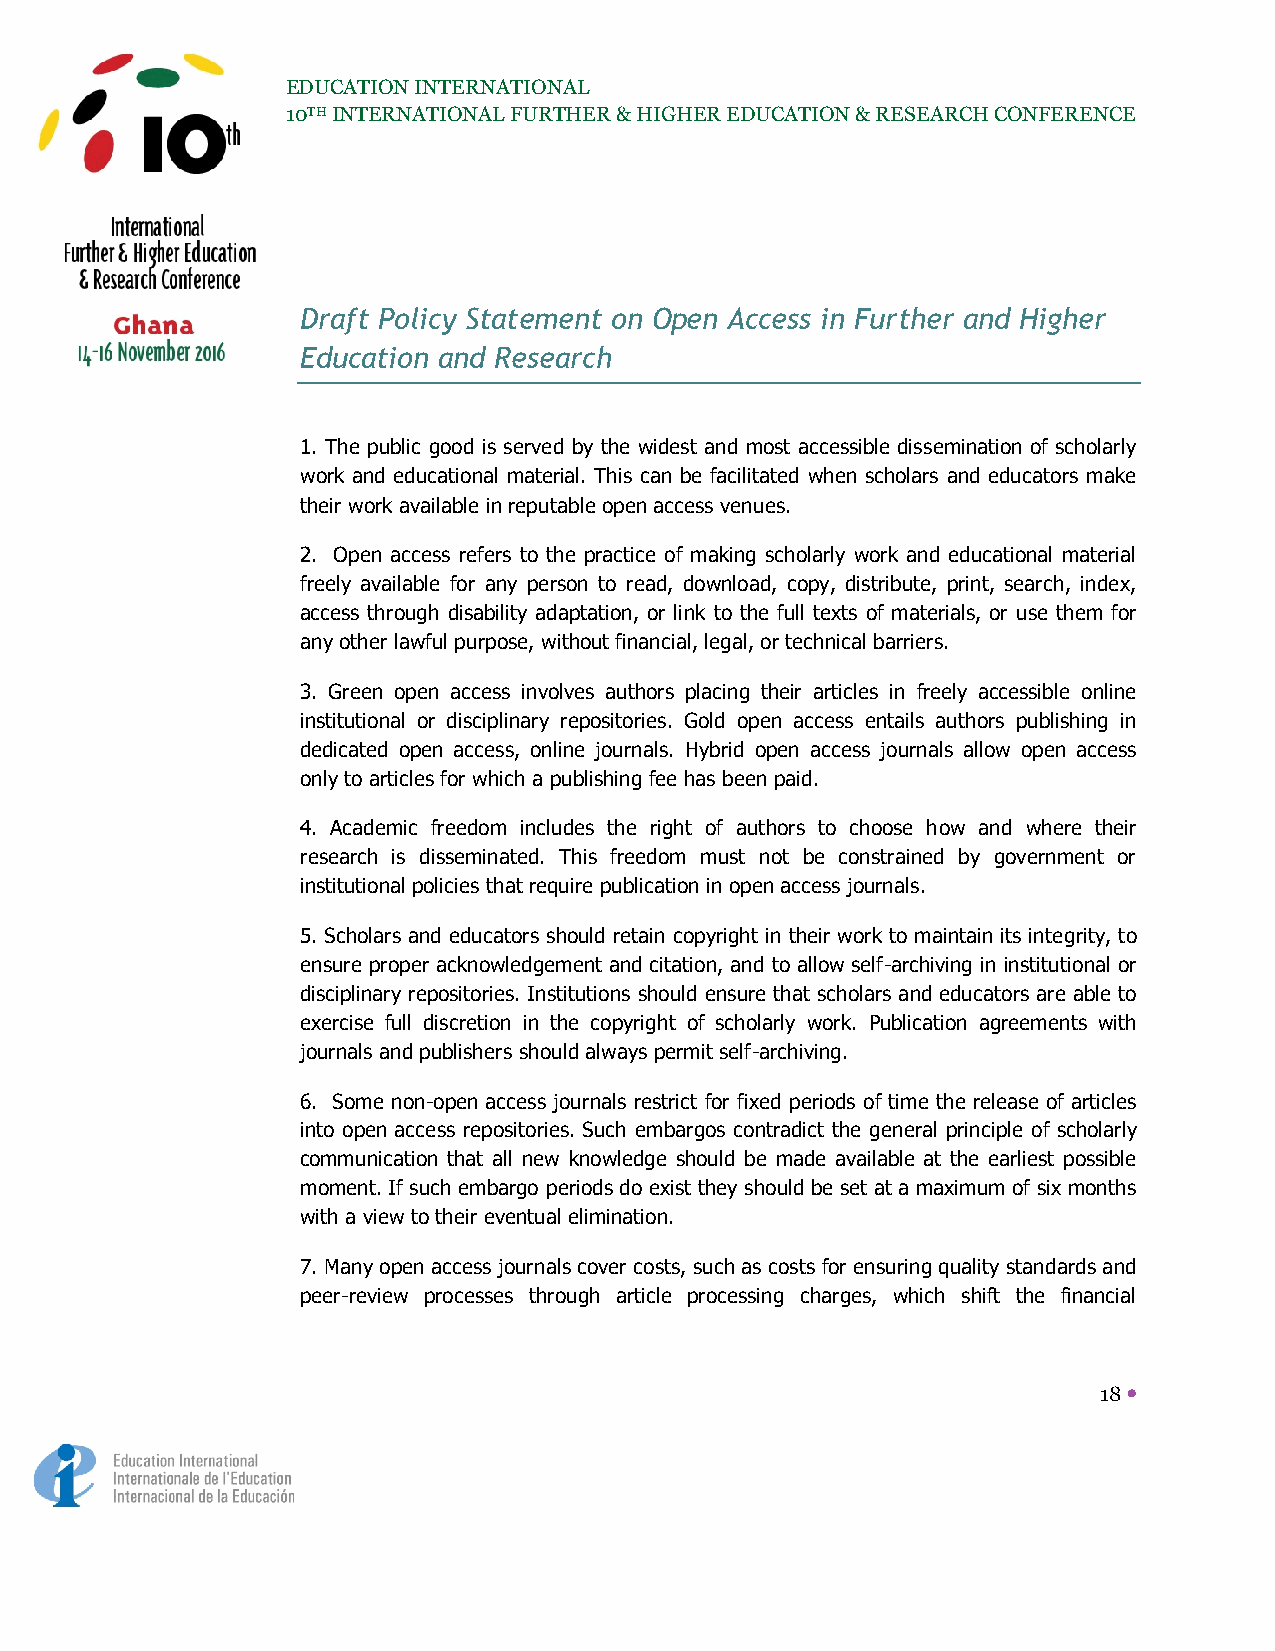
EDUCATION INTERNATIONAL
 10TH INTERNATIONAL FURTHER & HIGHER EDUCATION & RESEARCH CONFERENCE
 Draft Policy Statement on Open Access in Further and Higher
 Education and Research
 1. The public good is served by the widest and most accessible dissemination of scholarly
 work and educational material. This can be facilitated when scholars and educators make
 their work available in reputable open access venues.
 2. Open access refers to the practice of making scholarly work and educational material
 freely available for any person to read, download, copy, distribute, print, search, index,
 access through disability adaptation, or link to the full texts of materials, or use them for
 any other lawful purpose, without financial, legal, or technical barriers.
 3. Green open access involves authors placing their articles in freely accessible online
 institutional or disciplinary repositories. Gold open access entails authors publishing in
 dedicated open access, online journals. Hybrid open access journals allow open access
 only to articles for which a publishing fee has been paid.
 4. Academic freedom includes the right of authors to choose how and where their
 research is disseminated. This freedom must not be constrained by government or
 institutional policies that require publication in open access journals.
 5. Scholars and educators should retain copyright in their work to maintain its integrity, to
 ensure proper acknowledgement and citation, and to allow self-archiving in institutional or
 disciplinary repositories. Institutions should ensure that scholars and educators are able to
 exercise full discretion in the copyright of scholarly work. Publication agreements with
 journals and publishers should always permit self-archiving.
 6. Some non-open access journals restrict for fixed periods of time the release of articles
 into open access repositories. Such embargos contradict the general principle of scholarly
 communication that all new knowledge should be made available at the earliest possible
 moment. If such embargo periods do exist they should be set at a maximum of six months
 with a view to their eventual elimination.
 7. Many open access journals cover costs, such as costs for ensuring quality standards and
 peer-review processes through article processing charges, which shift the financial
 18 